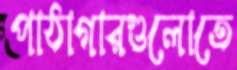
পাঠাগারগুলোতে